Scottish Leaving Certificate Examination, 1956
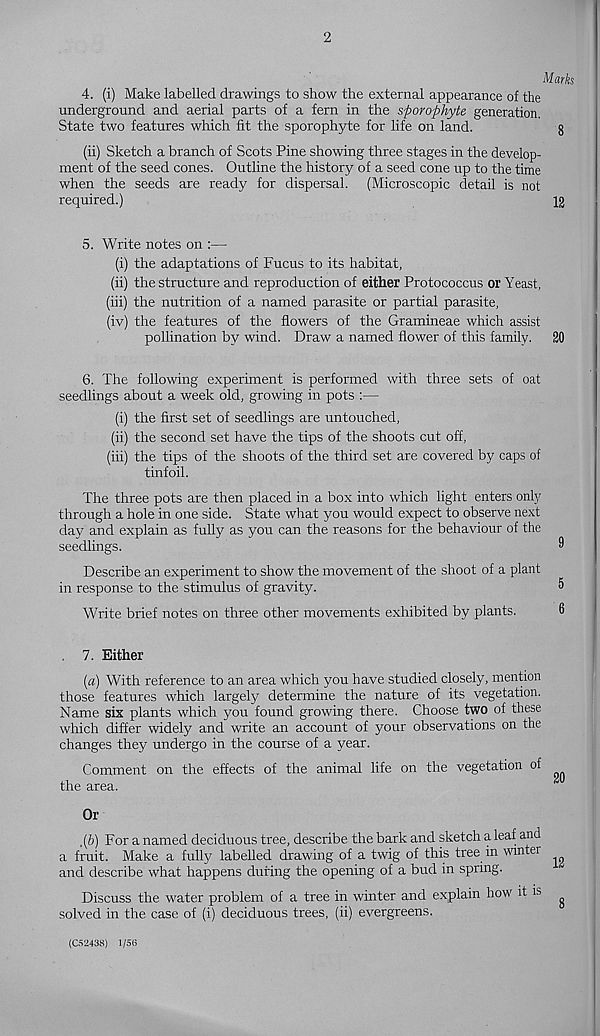
2
Marks
4. (i) Make labelled drawings to show the external appearance of the
underground and aerial parts of a fern in the s-porophyte generation.
State two features which fit the sporophyte for life on land.
g
(ii) Sketch a branch of Scots Pine showing three stages in the develop-
ment of the seed cones. Outline the history of a seed cone up to the time
when the seeds are ready for dispersal. (Microscopic detail is not
required.)
12
5. Write notes on :—
(i) the adaptations of Fucus to its habitat,
(ii) the structure and reproduction of either Protococcus or Yeast,
(iii) the nutrition of a named parasite or partial parasite,
(iv) the features of the flowers of the Gramineae which assist
pollination by wind. Draw a named flower of this family. 20
6. The following experiment is performed with three sets of oat
seedlings about a week old, growing in pots :—
(i) the first set of seedlings are untouched,
(ii) the second set have the tips of the shoots cut off,
(iii) the tips of the shoots of the third set are covered by caps of
tinfoil.
The three pots are then placed in a box into which light enters only
through a hole in one side. State what you would expect to observe next
day and explain as fully as you can the reasons for the behaviour of the
seedlings.
®
Describe an experiment to show the movement of the shoot of a plant
in response to the stimulus of gravity.
5
Write brief notes on three other movements exhibited by plants.
6
7. Either
{a) With reference to an area which you have studied closely, mention
those features which largely determine the nature of its vegetation.
Name six plants which you found growing there. Choose two of these
which differ widely and write an account of your observations on the
changes they undergo in the course of a year.
Comment on the effects of the animal life on the vegetation of
the area.
Or
.(&) For a named deciduous tree, describe the bark and sketch a leaf and
a fruit. Make a fully labelled drawing of a twig of this tree in winter
and describe what happens during the opening of a bud in spring.
Discuss the water problem of a tree in winter and explain how it is ^
solved in the case of (i) deciduous trees, (ii) evergreens.
(C5243S) 1/56